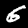
Label: 6